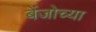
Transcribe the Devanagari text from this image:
बेंजोच्या